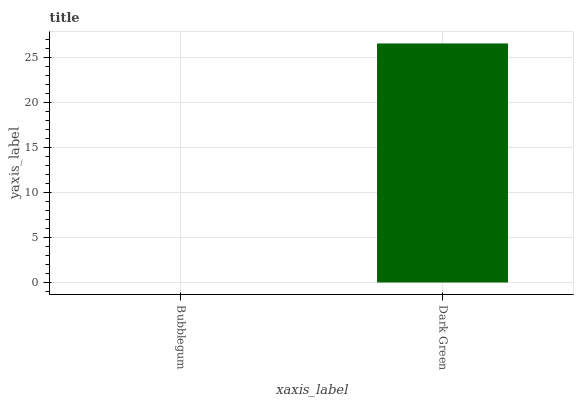
| xaxis_label | bars |
 | --- | --- |
 | Bubblegum | 0 |
 | Dark Green | 26.6 |